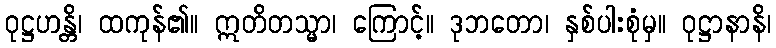
ဝုဋ္ဌဟန္တိ၊ ထကုန်၏။ ဣတိတသ္မာ၊ ကြောင့်။ ဒုဘတော၊ နှစ်ပါးစုံမှ။ ဝုဋ္ဌာနာနိ၊